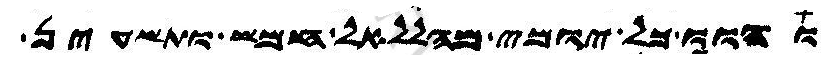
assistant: והוו כל יומי מהללאל חמש ותשעין